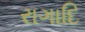
રાગાદિ